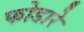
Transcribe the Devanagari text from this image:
फोडारे